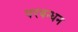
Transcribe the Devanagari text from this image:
परबन्धन